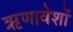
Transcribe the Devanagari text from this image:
ऋणावेशों